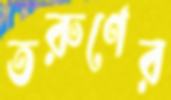
তরুণের